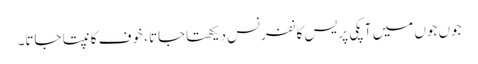
جوں جوں میں آپکی پریس کانفرنس دیکھتاجاتا ، خوف کانپتا جاتا۔